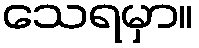
သေရမှာ။